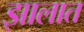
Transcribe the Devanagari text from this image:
झालात